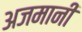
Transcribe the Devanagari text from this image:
अजमानी